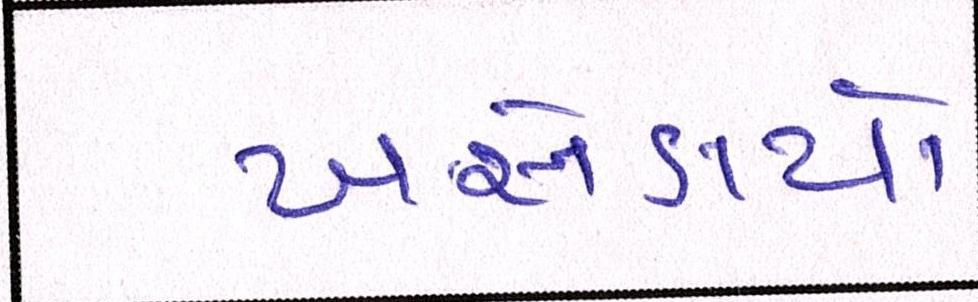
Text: ખસેડાયો